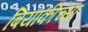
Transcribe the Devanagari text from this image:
बियांकीच्या